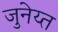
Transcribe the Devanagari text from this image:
जुनेय्त